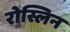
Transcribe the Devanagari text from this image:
रोस्लिन